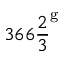
3 6 6 { \frac { 2 } { 3 } } ^ { \mathrm { g } }